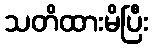
သတိထားမိပြီး